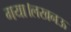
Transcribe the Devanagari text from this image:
गया।लखनऊ